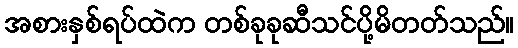
အစားနှစ်ရပ်ထဲက တစ်ခုခုဆီသင်ပို့မိတတ်သည်။